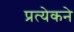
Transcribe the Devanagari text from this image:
प्रत्येकने